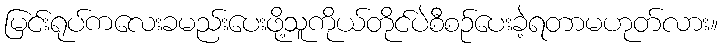
မြင်းရုပ်ကလေးခမည်းပေးဖို့သူကိုယ်တိုင်ပဲစီစဉ်ပေးခဲ့ရတာမဟုတ်လား။